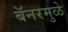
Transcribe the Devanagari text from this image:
बॅनरमुळे